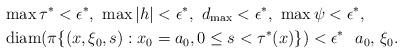
LaTeX: \begin{align*}& \max \tau^{*}<\epsilon^*,\,\, \max |h|<\epsilon^*,\,\,d_{\max}<\epsilon^*,\,\,\max \psi<\epsilon^*,\\&\operatorname{diam} (\pi\{(x,\xi_0,s):x_0=a_0, 0\leq s<\tau^*(x)\})<\epsilon^* \,\,\,\,a_0,\,\xi_0.\end{align*}